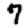
Digit: 7